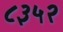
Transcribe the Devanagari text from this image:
८३५२